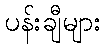
ပန်းချီများ